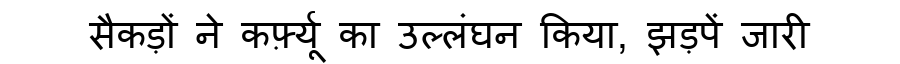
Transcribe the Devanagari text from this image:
सैकड़ों ने कर्फ़्यू का उल्लंघन किया, झड़पें जारी